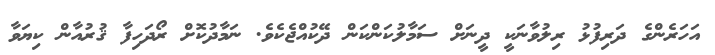
އަހަރެންގެ ދަރިފުޅު ރިލުވާނަކީ ދީނަށް ސަމާލުކަންކަން ދޭކުއްޖެކެވެ. ނަމާދުކޮށް ރޯދަހިފާ ޤުރުއާން ކިޔަވާ